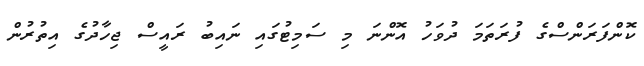
ކޮންފަރަންސްގެ ފުރަތަމަ ދުވަހު އޮންނަ މި ސަމިޓުގައި ނައިބު ރައީސް ޖިހާދުގެ އިތުރުން